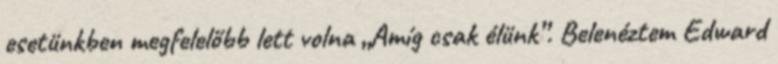
esetünkben megfelelőbb lett volna „Amíg csak élünk”. Belenéztem Edward